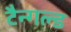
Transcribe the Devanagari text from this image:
टैन्गल्ड